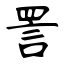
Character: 詈